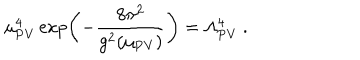
LaTeX: \mu _ { \mathrm { P V } } ^ { 4 } \exp \left( - { \frac { 8 \pi ^ { 2 } } { g ^ { 2 } ( \mu _ { \mathrm { P V } } ) } } \right) = \Lambda _ { \mathrm { P V } } ^ { 4 } \ .